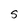
Character: S